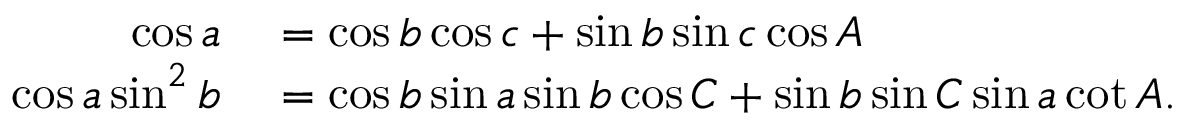
\begin{array} { r l } { \cos a } & { { } = \cos b \cos c + \sin b \sin c \cos A } \\ { \cos a \sin ^ { 2 } b } & { { } = \cos b \sin a \sin b \cos C + \sin b \sin C \sin a \cot A . } \end{array}